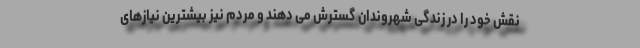
نقش خود را در زندگی شهروندان گسترش می دهند و مردم نیز بیشترین نیازهای